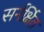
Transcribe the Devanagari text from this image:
सर्नर्क्षित